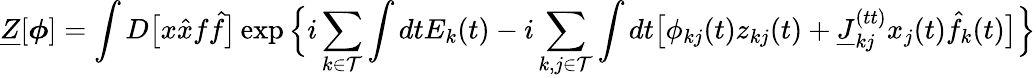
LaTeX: \underline{{Z}}[\boldsymbol{\phi}]=\int D\big[x\hat{x}f\hat{f}\big]\exp\Big\{ i\sum_{k\in\mathcal{T}}\int dtE_{k}(t)-i\sum_{k,j\in\mathcal{T}}\int dt\big[\phi_{kj}(t)z_{kj}(t)+\underline{{J}}_{kj}^{(tt)}x_{j}(t)\hat{f}_{k}(t)\big]\Big\}